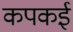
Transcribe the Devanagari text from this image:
कपकई